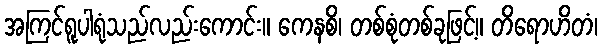
အကြင်ရူပါရုံသည်လည်းကောင်း။ ကေနစိ၊ တစ်စုံတစ်ခုဖြင့်။ တိရောဟိတံ၊